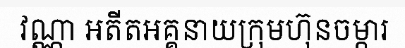
វណ្ណា អតីតអគ្គនាយក្រុមហ៊ុនចម្ការ